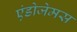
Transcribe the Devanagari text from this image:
एंडोजेमस